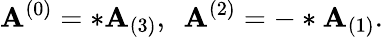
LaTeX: \mathbf{A}^{(0)}=*\mathbf{A}_{(3)},~~\mathbf{A}^{(2)}=-*\mathbf{A}_{(1)}.